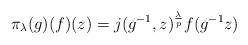
LaTeX: \begin{align*} \pi_\lambda(g)(f)(z) = j(g^{-1},z)^\frac{\lambda}{p} f(g^{-1}z) \end{align*}